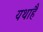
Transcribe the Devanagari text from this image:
यथाहै